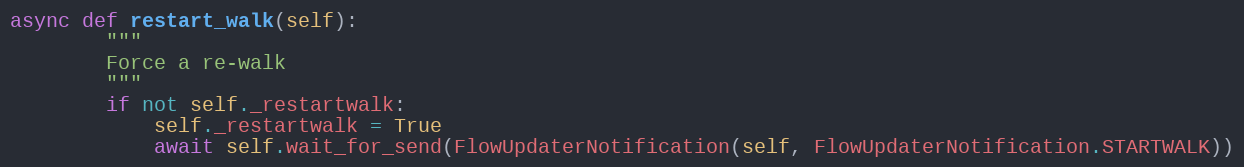
Language: Python
async def restart_walk(self):
        """
        Force a re-walk
        """
        if not self._restartwalk:
            self._restartwalk = True
            await self.wait_for_send(FlowUpdaterNotification(self, FlowUpdaterNotification.STARTWALK))